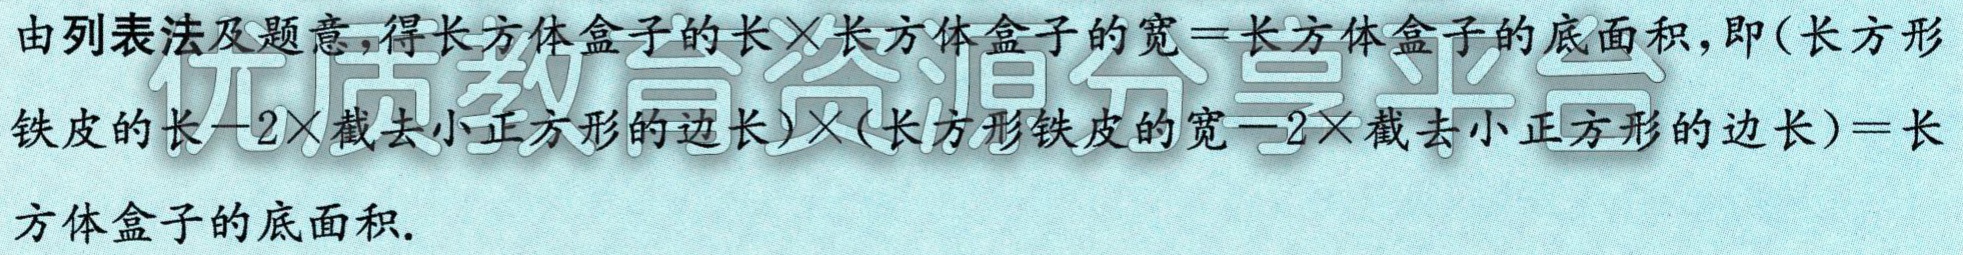
由列表法及题意，得长方体盒子的长$\times$长方体盒子的宽$=$长方体盒子的底面积，即$(长方形\\铁皮的长 - 2\times截去小正方形的边长)\times(长方形铁皮的宽 - 2\times截去小正方形的边长)=长\\方体盒子的底面积.$